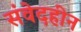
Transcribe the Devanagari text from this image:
संवेदहीन